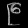
Digit: ၉